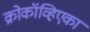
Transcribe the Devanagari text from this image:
क्रोकॉव्हिएका